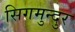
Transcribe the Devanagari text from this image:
सिगमुन्दुर